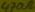
Text: 4770Ω